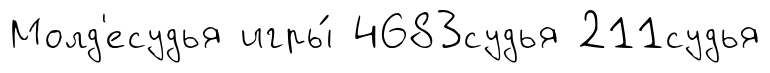
Молд'есудья игры́ 4683судья 211судья